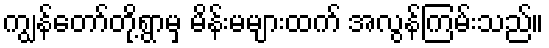
ကျွန်တော်တို့ရွာမှ မိန်းမများထက် အလွန်ကြမ်းသည်။